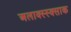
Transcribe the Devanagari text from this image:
अलाक्स्स्क्साक